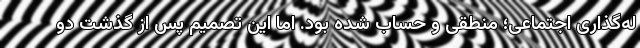
له‌گذاری اجتماعی؛ منطقی و حساب شده بود. اما این تصمیم پس از گذشت دو